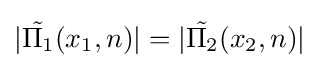
|{\tilde {\Pi _{1}}}(x_{1},n)|=|{\tilde {\Pi _{2}}}(x_{2},n)|